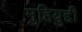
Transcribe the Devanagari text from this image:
मुहियुद्दी